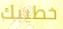
خطيبك